Document type: Grant
Year: 1403
Scribe: Berenguer Pedrosell
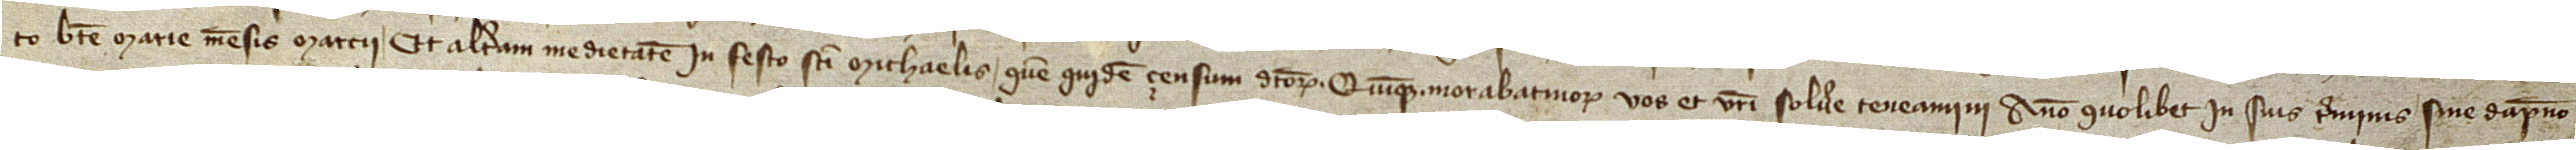
to Beate Marie mensis marcii, et alteram medietatem in festo Sancti Michaelis. Quemquidem çensum dictorum quinque morabatinorum vos et vestri solvere teneamini anno quolibet in suis terminis sine dampno